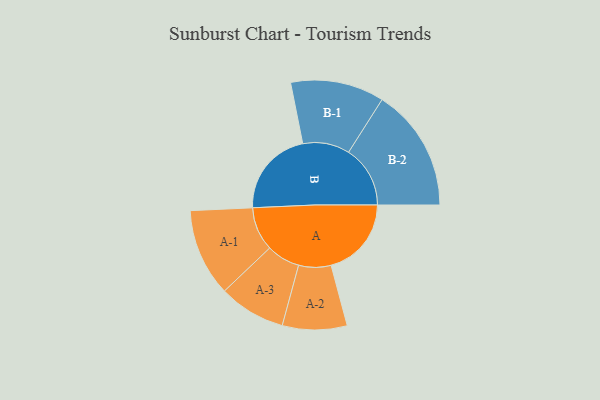
{"axis": {"x": "Segment", "y": "Value"}, "legend": ["", "A", "B"], "data": [{"x": "A", "y": 348, "type": ""}, {"x": "B", "y": 377, "type": ""}, {"x": "A-1", "y": 190, "type": "A"}, {"x": "A-2", "y": 140, "type": "A"}, {"x": "A-3", "y": 145, "type": "A"}, {"x": "B-1", "y": 203, "type": "B"}, {"x": "B-2", "y": 267, "type": "B"}]}